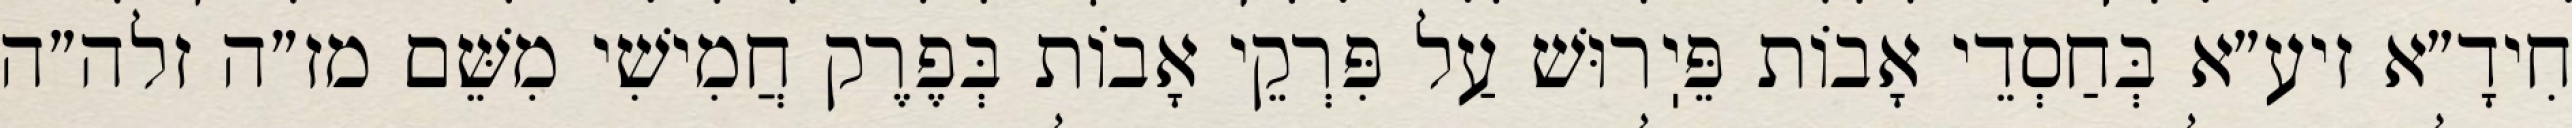
חִידָ״א זיע״א בְּחַסְדֵי אָבוֹת פֵּיֽרוּשׁ עַל פִּרְקֵי אָבוֹת בְּפֶרֶק חֲמִישִׁי מִשֵּׁם מז״ה זלה״ה